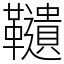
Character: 䪋